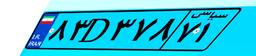
۳۵D۰۶۰۹۸